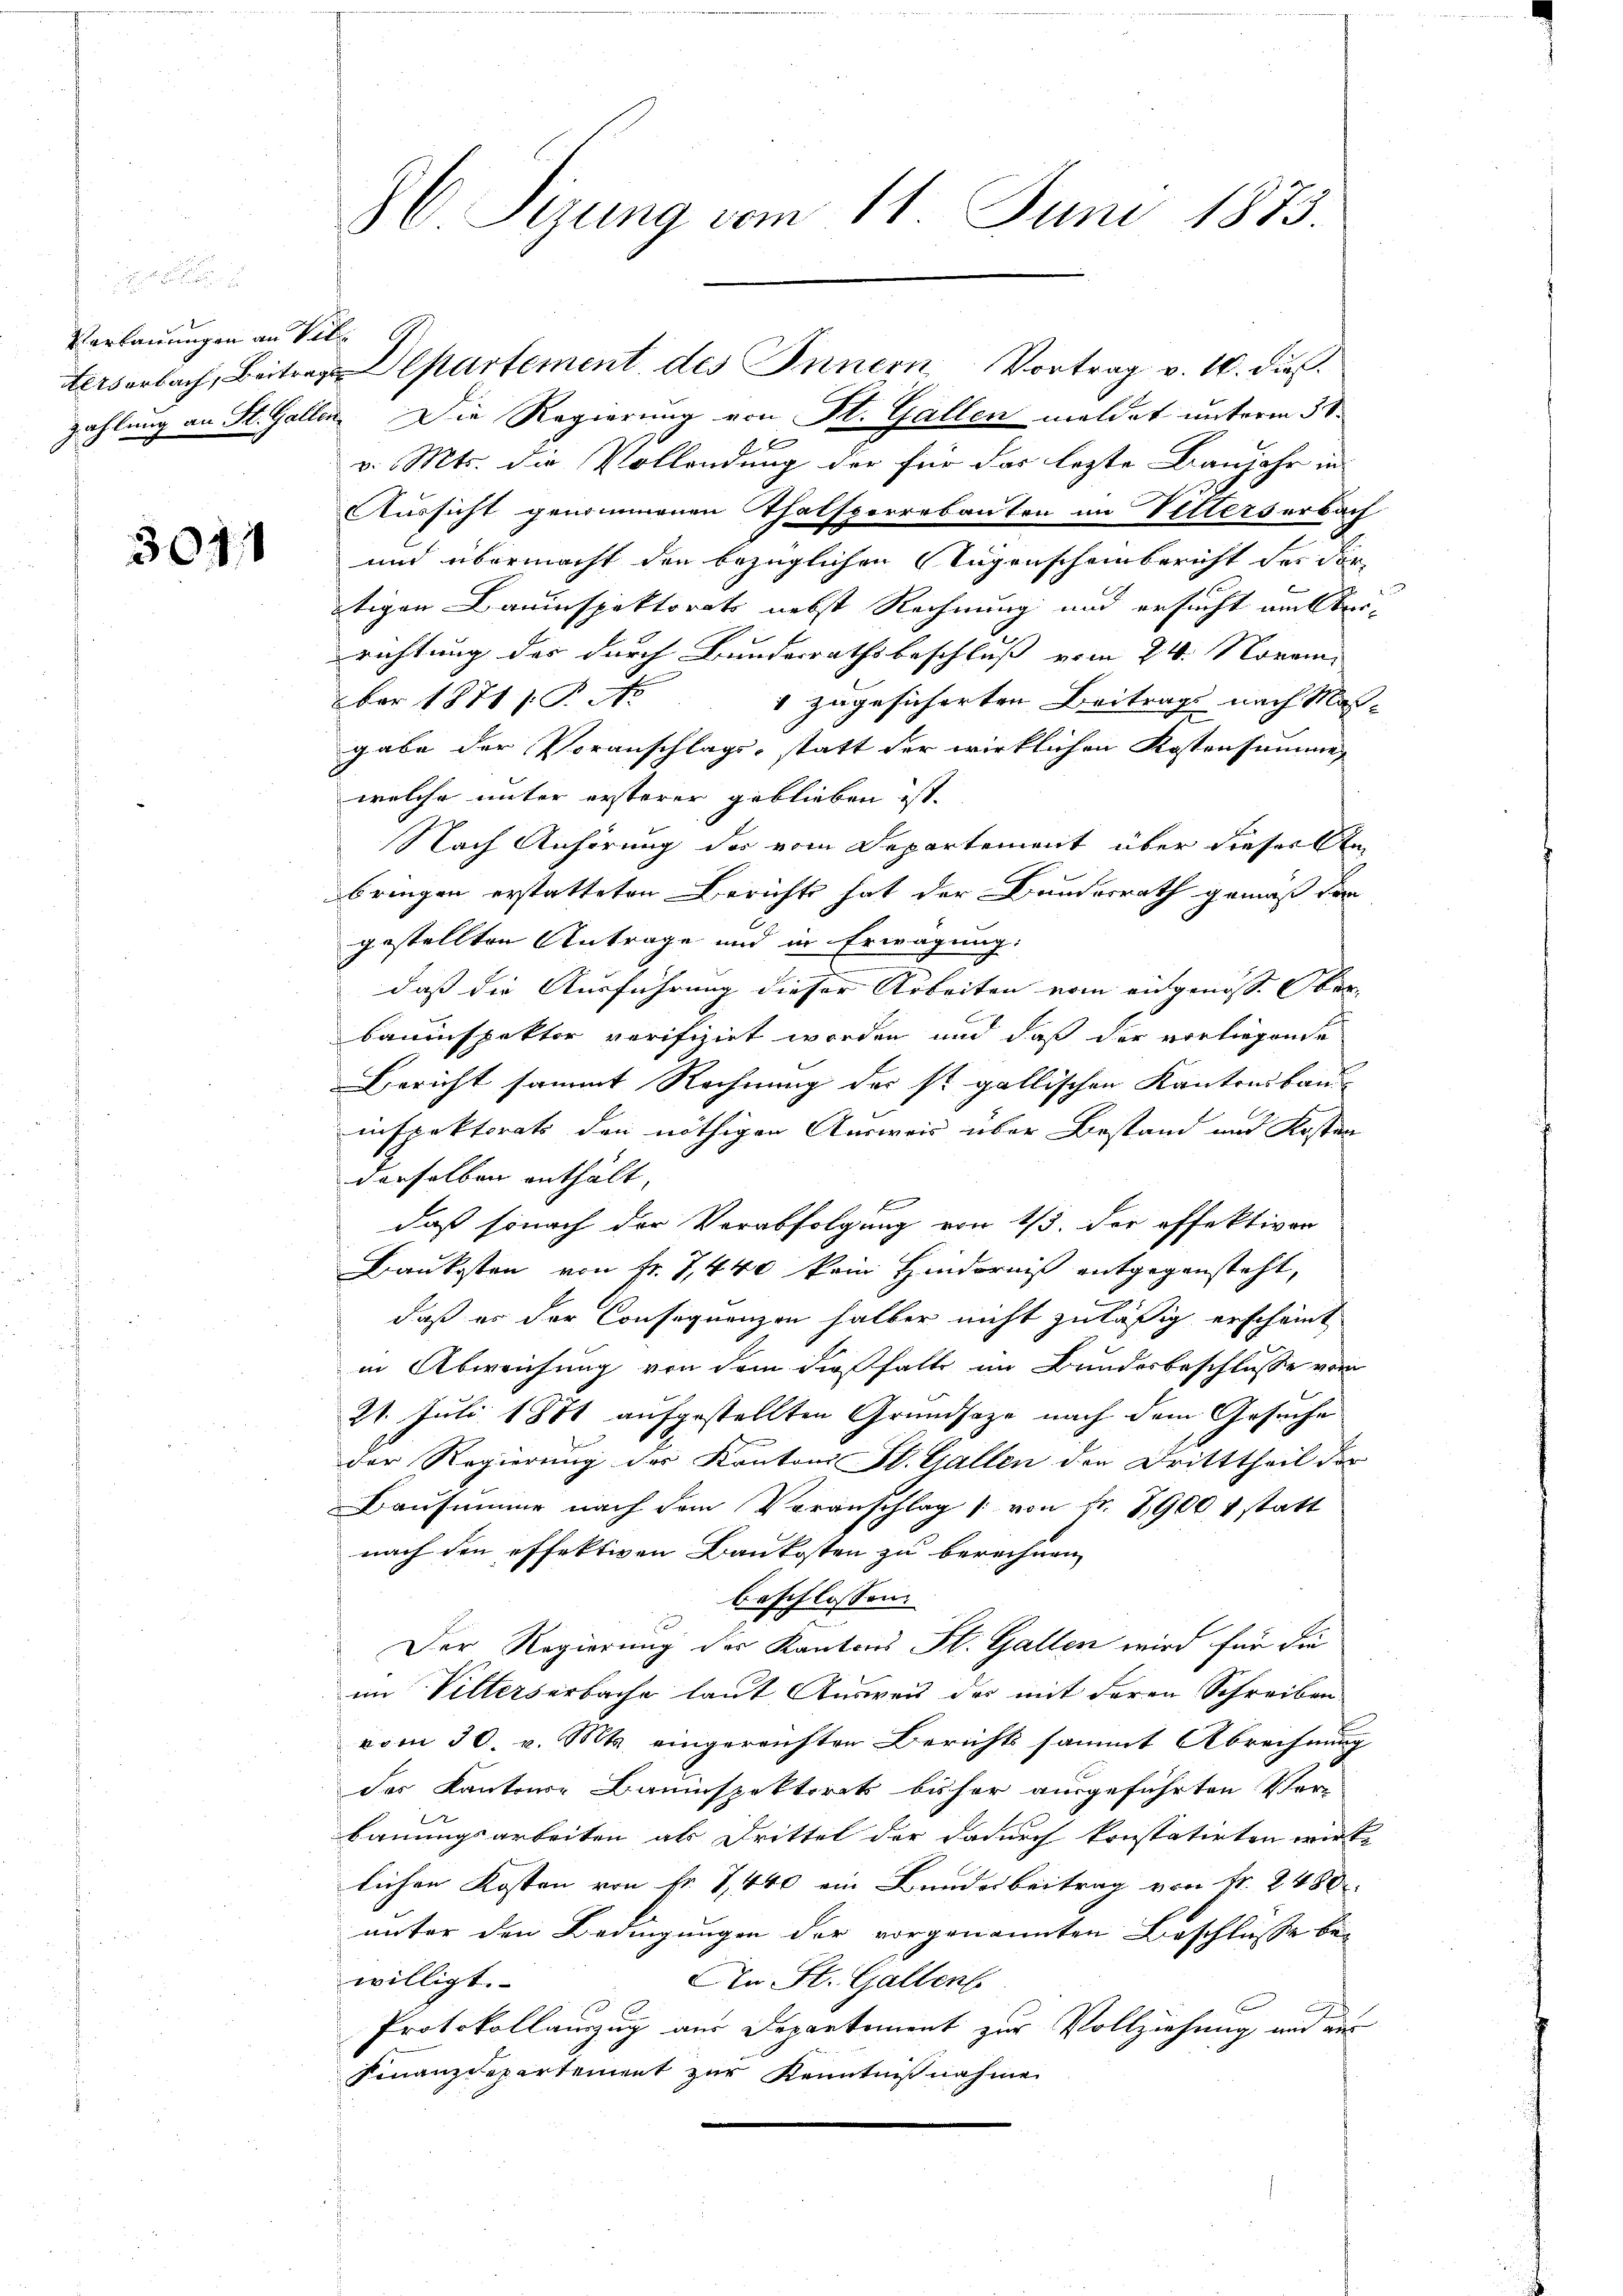
Verbauungen an Vill

301

86 Sizung vom 11. Juni 1873.

zahlung an St. Gallen. Die Regierung von St. Gallen meldet unterm 31
v. Mts. die Vollendung der für das lezte Banjahr in
Aussicht genommenen Thalsporrebauten im Vetterserbach
und übermacht den bezüglichen Augenscheinbericht des dorätigen Bauinspektorats nebst Rechnung und ersucht auf eirichtung der durch Bundesrathsbeschluss vom 24. Novem
ber 1871 /: P. No
4 zugesicherten Beitrags nach Masgabe der Voranschlags-statt der wirklichen Kostensumme
welche unter ersterer geblieben ist.
Nach Anhörung der vom Departement über dieser An
bringen erstatteten Berichts hat der Bunderrath gemäß der
gestellten Antrage und in Erwägung:
daß die Ausführung dieser Arbeiten vom eingenoss. Ober- |
bauinspektor verifizirt worden und daß der vorliegende
Bericht sammt Rechnung des st. gallischen Kantonsbau-
inspektorats den nöthigen Ausweis über Bestand und Kosten
derselben enthält, |
daß sonach der Verabfolgung von 1/3. der offektiven
Baukosten von Fr. 7,440 kein Hinderniß entgegensteht,
daß es der Consequenzen halber nicht zuläßig erscheint
in Abweichung von dem dießfalle im Bundesbeschlusse vom
21. Juli 1871 aufgestellten Grundsaze nach dem Gesuche
der Regierung der Kantoni St. Gallen der Dritttheil der
Bausumme nach dem Voranschlag von Fr. 1900 statt
nach den effektiven Baukosten zu berechnen,
beschlossen:
Der Regierung der Kantons St. Gallen wird für die
im Vilterserbache laut Ausweis des mit deren Schreiben
vom 30. v. Mts. eingereichten Berichts sammt Abrechnung
der Kantone Bauinspektorat bisher ausgeführten Ver-
bauungsarbeiten als Drittel der dadurch konstatirten wirk
lichen Kosten von Fr. 1440 ein Bundesbeitrag von Fr. 2480
unter den Bedingungen der vorgenannten Beschlüsse bewilligt.
An St. Gallenb
Protokollauszug aus Departement zur Vollziehung und aus
Finanzdepartement zur Kenntnißnahme

Letserbach, Beitres Departement des Innern Vortrag v. 10. ds.